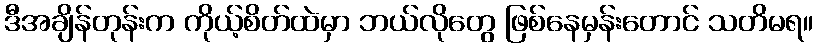
ဒီအချိန်တုန်းက ကိုယ့်စိတ်ထဲမှာ ဘယ်လိုတွေ ဖြစ်နေမှန်းတောင် သတိမရ။